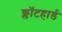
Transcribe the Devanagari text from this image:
क्लॉटहार्ड